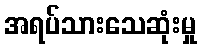
အရပ်သားသေဆုံးမှု